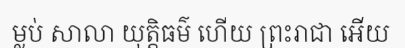
ម្លប់ សាលា យុត្តិធម៌ ហើយ ព្រះរាជា អើយ